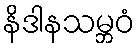
နိဒါနသမ္ဘဝံ